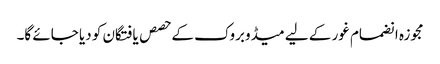
مجوزہ انضمام غور کے لیے میڈوبروک کے حصص یافتگان کو دیا جائے گا۔